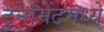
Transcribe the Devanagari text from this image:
टुर्नामेंटमध्ये